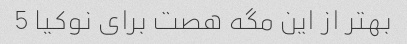
بهتر از این مگه هصت برای نوکیا 5